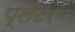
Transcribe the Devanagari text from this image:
प्लैंटरम